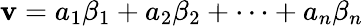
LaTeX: \mathbf{v}=a_{1}\beta_{1}+a_{2}\beta_{2}+\cdots+a_{n}\beta_{n}